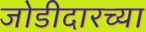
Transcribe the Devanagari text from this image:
जोडीदारच्या